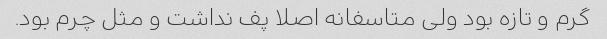
گرم و تازه بود ولی متاسفانه اصلا پف نداشت و مثل چرم بود.